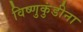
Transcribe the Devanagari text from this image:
विष्णुकुंडीना